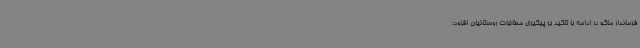
فرماندار ماکو در ادامه با تاکید بر پیگیری مطالبات روستائیان افزود: